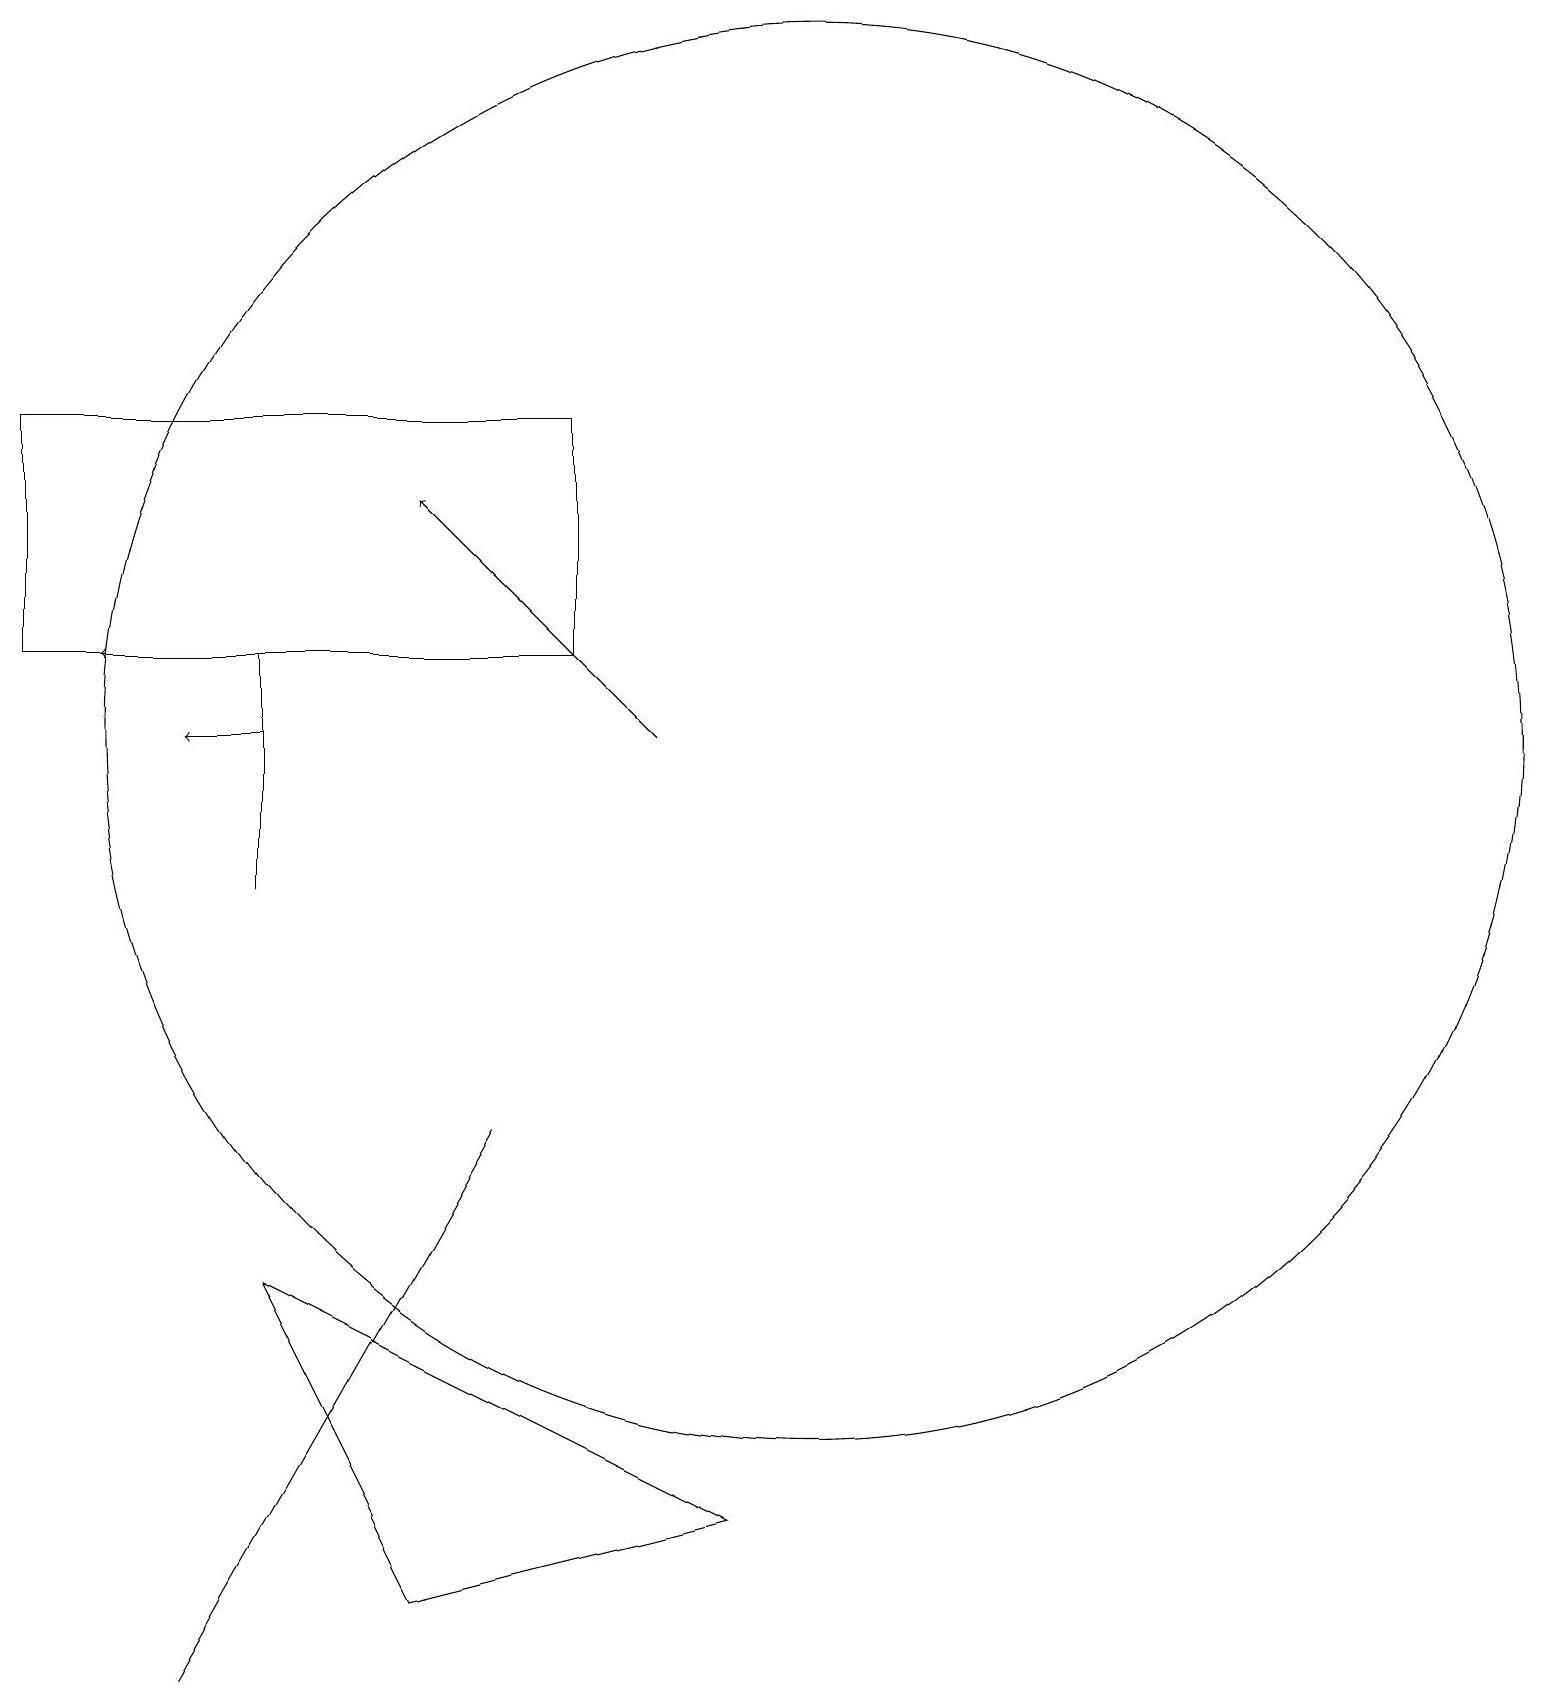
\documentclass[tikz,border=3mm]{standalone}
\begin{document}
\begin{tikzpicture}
\draw (10,12) circle (9);
\draw (3,10) rectangle (3,13);
\draw (6,7) -- (2,0) -- (6,7) -- cycle;
\draw[->] (5,13) -- (1,13);
\draw[->] (8,12) -- (5,15);
\draw (0,13) rectangle (7,16);
\draw (9,2) -- (5,1) -- (3,5) -- cycle;
\draw[->] (3,12) -- (2,12);
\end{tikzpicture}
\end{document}